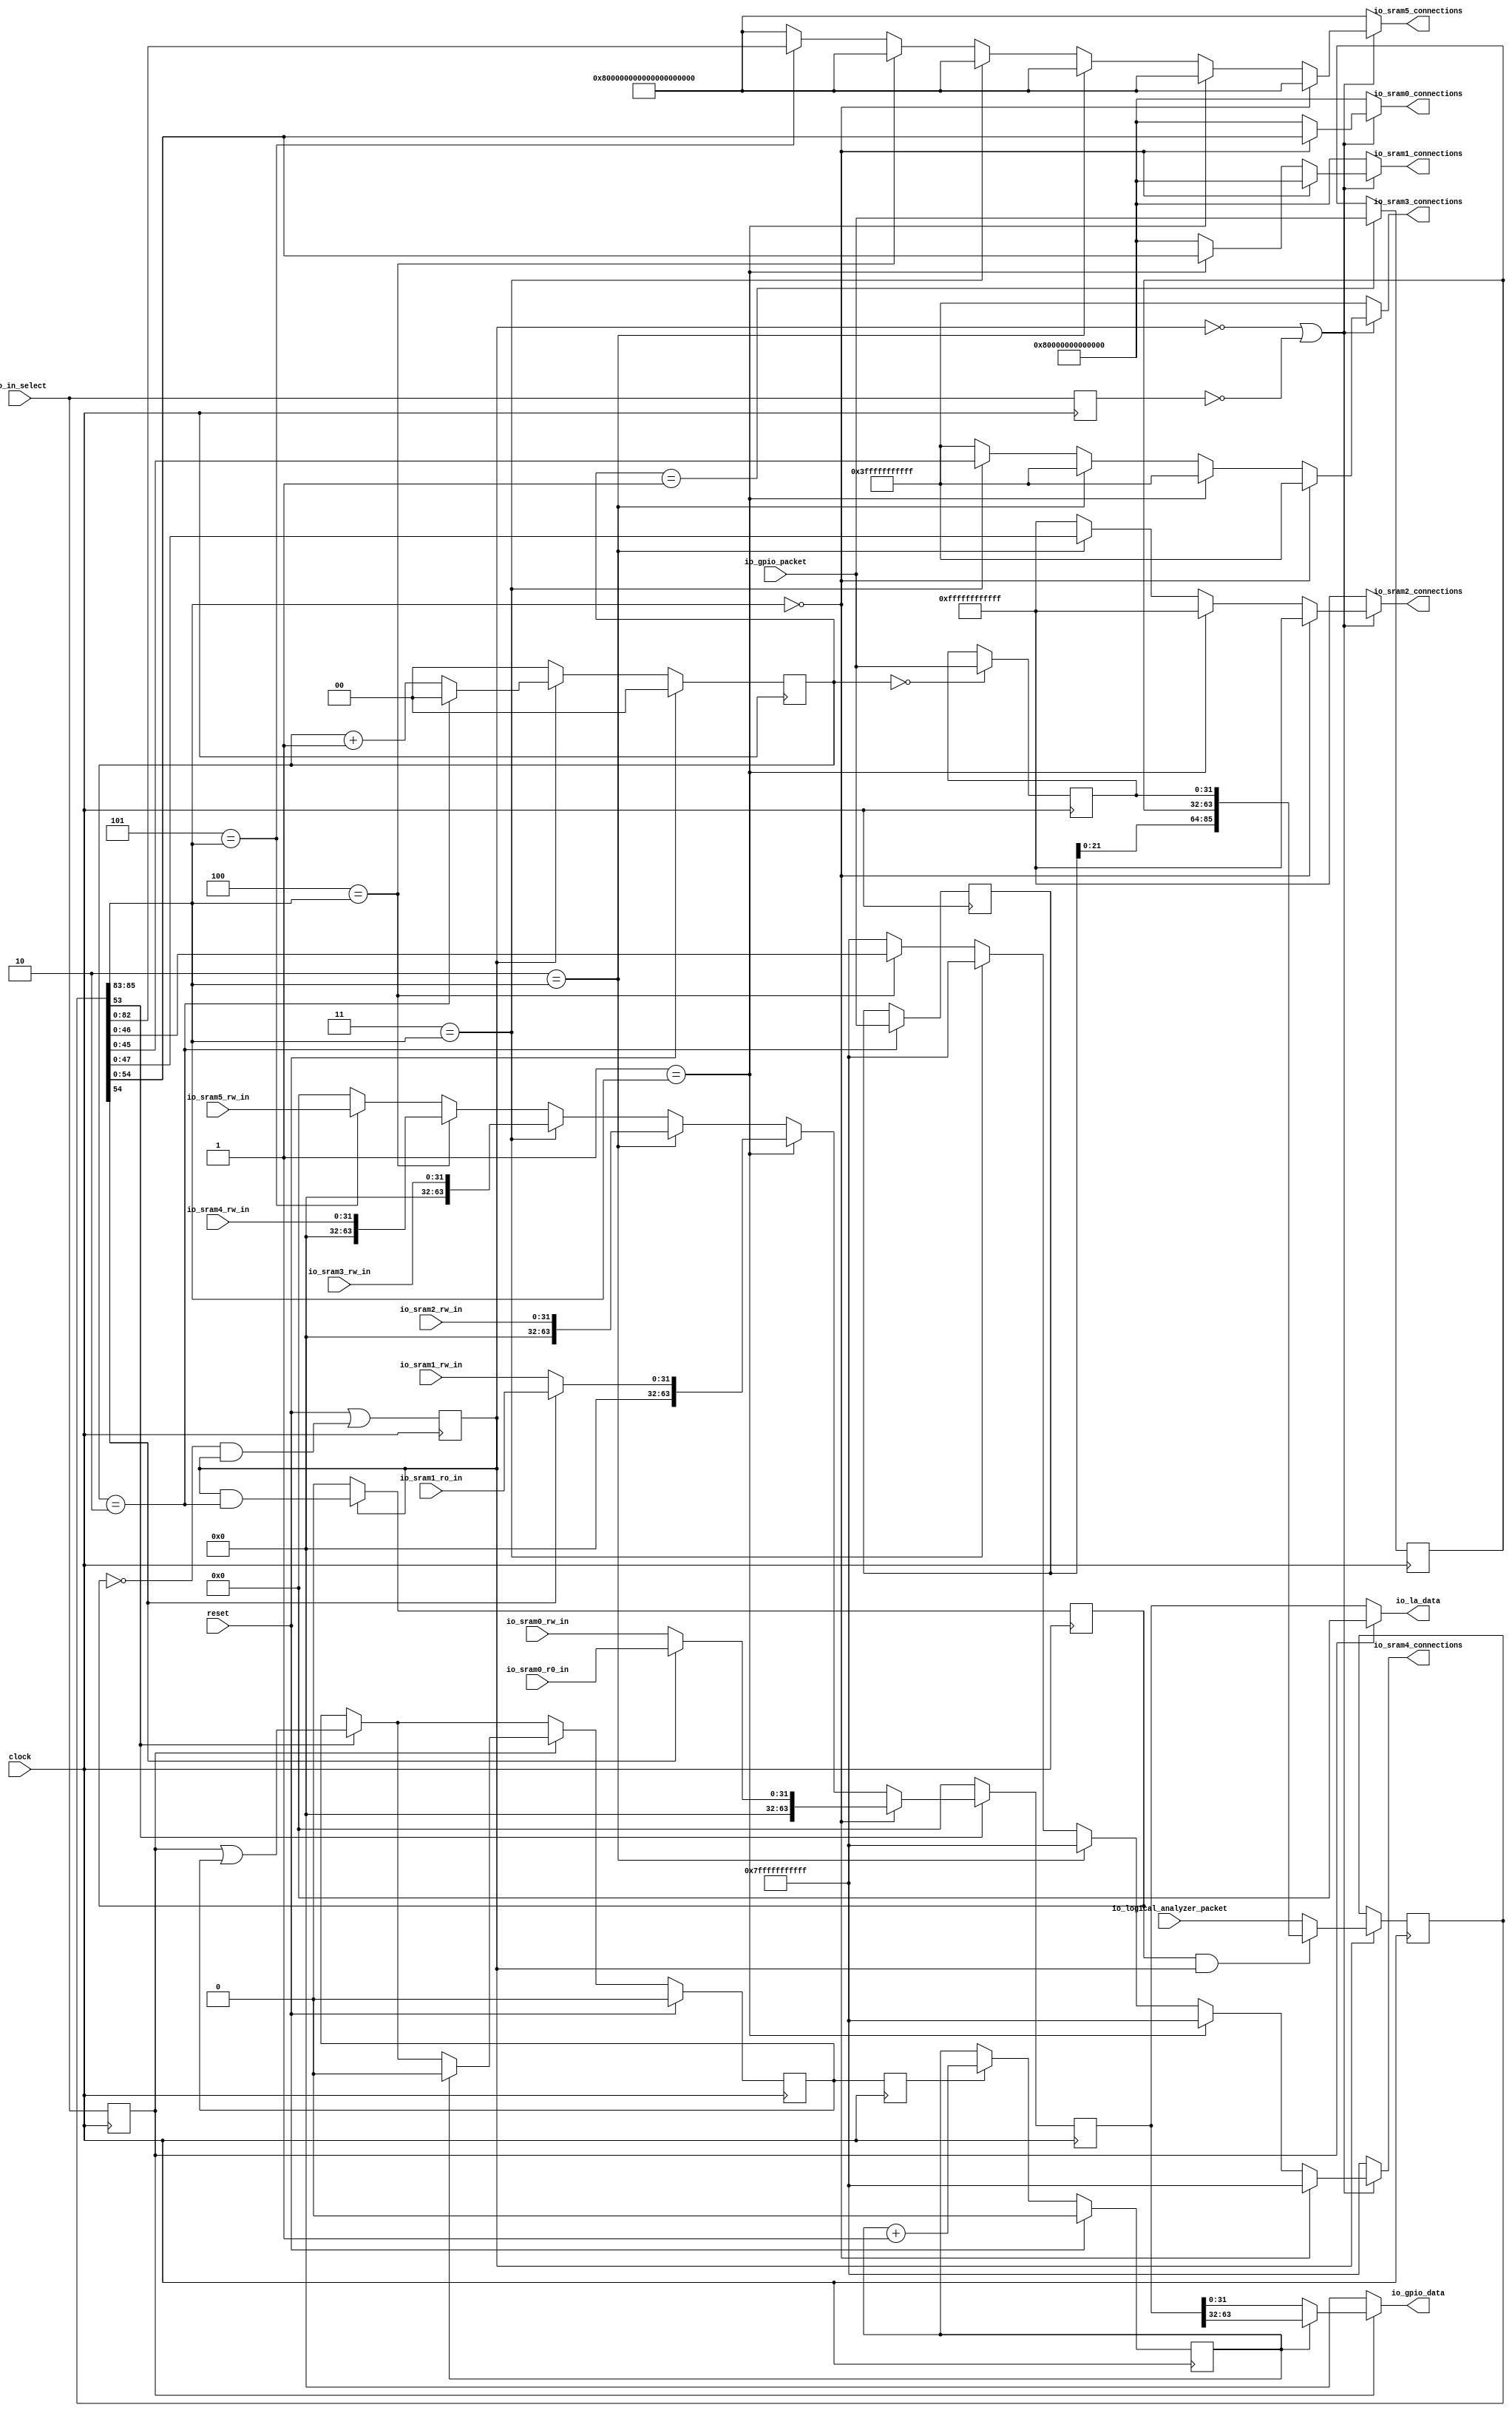
module openram_testchip(
  input         clock,
  input         reset,
  input  [85:0] io_logical_analyzer_packet,
  input  [31:0] io_gpio_packet,
  input         io_in_select,
  input  [31:0] io_sram0_rw_in,
  input  [31:0] io_sram0_r0_in,
  input  [31:0] io_sram1_rw_in,
  input  [31:0] io_sram1_ro_in,
  input  [31:0] io_sram2_rw_in,
  input  [31:0] io_sram3_rw_in,
  input  [31:0] io_sram4_rw_in,
  input  [63:0] io_sram5_rw_in,
  output [54:0] io_sram0_connections,
  output [54:0] io_sram1_connections,
  output [47:0] io_sram2_connections,
  output [45:0] io_sram3_connections,
  output [46:0] io_sram4_connections,
  output [82:0] io_sram5_connections,
  output [63:0] io_la_data,
  output [31:0] io_gpio_data
);
`ifdef RANDOMIZE_REG_INIT
  reg [95:0] _RAND_0;
  reg [63:0] _RAND_1;
  reg [31:0] _RAND_2;
  reg [31:0] _RAND_3;
  reg [31:0] _RAND_4;
  reg [31:0] _RAND_5;
  reg [31:0] _RAND_6;
  reg [31:0] _RAND_7;
  reg [31:0] _RAND_8;
  reg [31:0] _RAND_9;
  reg [31:0] _RAND_10;
  reg [31:0] _RAND_11;
  reg [31:0] _RAND_12;
`endif // RANDOMIZE_REG_INIT
  reg [85:0] input_; // @[openram_testchip.scala 33:20]
  reg [63:0] output_; // @[openram_testchip.scala 34:21]
  reg  in_sel; // @[openram_testchip.scala 35:25]
  reg  gpio_sel; // @[openram_testchip.scala 37:27]
  reg  la_sel; // @[openram_testchip.scala 38:25]
  reg  SRAMDataReceived; // @[openram_testchip.scala 47:35]
  wire  _T = ~gpio_sel; // @[openram_testchip.scala 48:68]
  reg [1:0] loadingCount; // @[Counter.scala 60:40]
  wire  wrap_wrap = loadingCount == 2'h2; // @[Counter.scala 72:24]
  wire [1:0] _wrap_value_T_1 = loadingCount + 2'h1; // @[Counter.scala 76:24]
  wire  _GEN_2 = gpio_sel & wrap_wrap; // @[Counter.scala 137:24 Counter.scala 138:12]
  reg  REG; // @[openram_testchip.scala 49:67]
  reg  transferCount; // @[Counter.scala 60:40]
  reg  wrap; // @[openram_testchip.scala 51:23]
  reg [31:0] packetSeq_0; // @[openram_testchip.scala 52:24]
  reg [31:0] packetSeq_1; // @[openram_testchip.scala 52:24]
  reg [31:0] packetSeq_2; // @[openram_testchip.scala 52:24]
  wire [95:0] _input_T = {packetSeq_2,packetSeq_1,packetSeq_0}; // @[Cat.scala 30:58]
  wire [95:0] _GEN_9 = wrap & gpio_sel ? _input_T : {{10'd0}, io_logical_analyzer_packet}; // @[openram_testchip.scala 60:27 openram_testchip.scala 61:15 openram_testchip.scala 55:11]
  wire [95:0] _GEN_10 = _T ? {{10'd0}, input_} : _GEN_9; // @[openram_testchip.scala 64:20 openram_testchip.scala 65:15]
  wire [2:0] chip_select = input_[85:83]; // @[openram_testchip.scala 67:34]
  wire  csb0 = input_[54]; // @[openram_testchip.scala 76:21]
  wire  web = input_[53]; // @[openram_testchip.scala 77:20]
  wire  _T_5 = _T | ~la_sel; // @[openram_testchip.scala 79:20]
  wire  _T_6 = 3'h0 == chip_select; // @[Conditional.scala 37:30]
  wire  _T_7 = 3'h1 == chip_select; // @[Conditional.scala 37:30]
  wire  _T_8 = 3'h2 == chip_select; // @[Conditional.scala 37:30]
  wire  _T_9 = 3'h3 == chip_select; // @[Conditional.scala 37:30]
  wire  _T_10 = 3'h4 == chip_select; // @[Conditional.scala 37:30]
  wire  _T_11 = 3'h5 == chip_select; // @[Conditional.scala 37:30]
  wire [82:0] _GEN_11 = _T_11 ? input_[82:0] : 83'h7ffffffffffffffffffff; // @[Conditional.scala 39:67 openram_testchip.scala 103:38 openram_testchip.scala 74:26]
  wire [46:0] _GEN_12 = _T_10 ? input_[46:0] : 47'h7fffffffffff; // @[Conditional.scala 39:67 openram_testchip.scala 99:38 openram_testchip.scala 73:26]
  wire [82:0] _GEN_13 = _T_10 ? 83'h7ffffffffffffffffffff : _GEN_11; // @[Conditional.scala 39:67 openram_testchip.scala 74:26]
  wire [45:0] _GEN_14 = _T_9 ? input_[45:0] : 46'h3fffffffffff; // @[Conditional.scala 39:67 openram_testchip.scala 95:38 openram_testchip.scala 72:26]
  wire [46:0] _GEN_15 = _T_9 ? 47'h7fffffffffff : _GEN_12; // @[Conditional.scala 39:67 openram_testchip.scala 73:26]
  wire [82:0] _GEN_16 = _T_9 ? 83'h7ffffffffffffffffffff : _GEN_13; // @[Conditional.scala 39:67 openram_testchip.scala 74:26]
  wire [47:0] _GEN_17 = _T_8 ? input_[47:0] : 48'hffffffffffff; // @[Conditional.scala 39:67 openram_testchip.scala 91:38 openram_testchip.scala 71:26]
  wire [45:0] _GEN_18 = _T_8 ? 46'h3fffffffffff : _GEN_14; // @[Conditional.scala 39:67 openram_testchip.scala 72:26]
  wire [46:0] _GEN_19 = _T_8 ? 47'h7fffffffffff : _GEN_15; // @[Conditional.scala 39:67 openram_testchip.scala 73:26]
  wire [82:0] _GEN_20 = _T_8 ? 83'h7ffffffffffffffffffff : _GEN_16; // @[Conditional.scala 39:67 openram_testchip.scala 74:26]
  wire [54:0] _GEN_21 = _T_7 ? input_[54:0] : 55'h7fffffffffffff; // @[Conditional.scala 39:67 openram_testchip.scala 87:38 openram_testchip.scala 70:26]
  wire [47:0] _GEN_22 = _T_7 ? 48'hffffffffffff : _GEN_17; // @[Conditional.scala 39:67 openram_testchip.scala 71:26]
  wire [45:0] _GEN_23 = _T_7 ? 46'h3fffffffffff : _GEN_18; // @[Conditional.scala 39:67 openram_testchip.scala 72:26]
  wire [46:0] _GEN_24 = _T_7 ? 47'h7fffffffffff : _GEN_19; // @[Conditional.scala 39:67 openram_testchip.scala 73:26]
  wire [82:0] _GEN_25 = _T_7 ? 83'h7ffffffffffffffffffff : _GEN_20; // @[Conditional.scala 39:67 openram_testchip.scala 74:26]
  wire [54:0] _GEN_26 = _T_6 ? input_[54:0] : 55'h7fffffffffffff; // @[Conditional.scala 40:58 openram_testchip.scala 83:38 openram_testchip.scala 69:26]
  wire [54:0] _GEN_27 = _T_6 ? 55'h7fffffffffffff : _GEN_21; // @[Conditional.scala 40:58 openram_testchip.scala 70:26]
  wire [47:0] _GEN_28 = _T_6 ? 48'hffffffffffff : _GEN_22; // @[Conditional.scala 40:58 openram_testchip.scala 71:26]
  wire [45:0] _GEN_29 = _T_6 ? 46'h3fffffffffff : _GEN_23; // @[Conditional.scala 40:58 openram_testchip.scala 72:26]
  wire [46:0] _GEN_30 = _T_6 ? 47'h7fffffffffff : _GEN_24; // @[Conditional.scala 40:58 openram_testchip.scala 73:26]
  wire [82:0] _GEN_31 = _T_6 ? 83'h7ffffffffffffffffffff : _GEN_25; // @[Conditional.scala 40:58 openram_testchip.scala 74:26]
  wire [31:0] _output_T = csb0 ? io_sram0_r0_in : io_sram0_rw_in; // @[openram_testchip.scala 114:30]
  wire [31:0] _output_T_1 = csb0 ? io_sram1_ro_in : io_sram1_rw_in; // @[openram_testchip.scala 118:31]
  wire [63:0] _GEN_38 = _T_11 ? io_sram5_rw_in : 64'h0; // @[Conditional.scala 39:67 openram_testchip.scala 134:24 openram_testchip.scala 108:12]
  wire [63:0] _GEN_39 = _T_10 ? {{32'd0}, io_sram4_rw_in} : _GEN_38; // @[Conditional.scala 39:67 openram_testchip.scala 130:24]
  wire [63:0] _GEN_40 = _T_9 ? {{32'd0}, io_sram3_rw_in} : _GEN_39; // @[Conditional.scala 39:67 openram_testchip.scala 126:24]
  wire  _GEN_44 = in_sel | SRAMDataReceived; // @[openram_testchip.scala 138:29 openram_testchip.scala 139:30 openram_testchip.scala 47:35]
  wire  _GEN_46 = web ? _GEN_44 : SRAMDataReceived; // @[openram_testchip.scala 110:14 openram_testchip.scala 47:35]
  wire [31:0] _GEN_47 = transferCount ? output_[63:32] : 32'h0; // @[openram_testchip.scala 148:42 openram_testchip.scala 149:26 openram_testchip.scala 144:18]
  wire [31:0] _GEN_49 = ~transferCount ? output_[31:0] : _GEN_47; // @[openram_testchip.scala 146:36 openram_testchip.scala 147:26]
  assign io_sram0_connections = _T_5 ? _GEN_26 : 55'h7fffffffffffff; // @[openram_testchip.scala 80:5 openram_testchip.scala 69:26]
  assign io_sram1_connections = _T_5 ? _GEN_27 : 55'h7fffffffffffff; // @[openram_testchip.scala 80:5 openram_testchip.scala 70:26]
  assign io_sram2_connections = _T_5 ? _GEN_28 : 48'hffffffffffff; // @[openram_testchip.scala 80:5 openram_testchip.scala 71:26]
  assign io_sram3_connections = _T_5 ? _GEN_29 : 46'h3fffffffffff; // @[openram_testchip.scala 80:5 openram_testchip.scala 72:26]
  assign io_sram4_connections = _T_5 ? _GEN_30 : 47'h7fffffffffff; // @[openram_testchip.scala 80:5 openram_testchip.scala 73:26]
  assign io_sram5_connections = _T_5 ? _GEN_31 : 83'h7ffffffffffffffffffff; // @[openram_testchip.scala 80:5 openram_testchip.scala 74:26]
  assign io_la_data = in_sel ? 64'h0 : output_; // @[openram_testchip.scala 145:25 openram_testchip.scala 143:16 openram_testchip.scala 153:20]
  assign io_gpio_data = in_sel ? _GEN_49 : 32'h0; // @[openram_testchip.scala 145:25 openram_testchip.scala 144:18]
  always @(posedge clock) begin
    input_ <= _GEN_10[85:0];
    if (web) begin // @[openram_testchip.scala 110:14]
      if (_T_6) begin // @[Conditional.scala 40:58]
        output_ <= {{32'd0}, _output_T}; // @[openram_testchip.scala 114:24]
      end else if (_T_7) begin // @[Conditional.scala 39:67]
        output_ <= {{32'd0}, _output_T_1}; // @[openram_testchip.scala 118:24]
      end else if (_T_8) begin // @[Conditional.scala 39:67]
        output_ <= {{32'd0}, io_sram2_rw_in}; // @[openram_testchip.scala 122:24]
      end else begin
        output_ <= _GEN_40;
      end
    end else begin
      output_ <= 64'h0; // @[openram_testchip.scala 108:12]
    end
    in_sel <= io_in_select; // @[openram_testchip.scala 35:25]
    gpio_sel <= reset | ~wrap & gpio_sel; // @[openram_testchip.scala 37:27 openram_testchip.scala 37:27 openram_testchip.scala 57:14]
    la_sel <= io_in_select; // @[openram_testchip.scala 38:25]
    if (reset) begin // @[openram_testchip.scala 47:35]
      SRAMDataReceived <= 1'h0; // @[openram_testchip.scala 47:35]
    end else if (in_sel) begin // @[openram_testchip.scala 145:25]
      if (~transferCount) begin // @[openram_testchip.scala 146:36]
        SRAMDataReceived <= _GEN_46;
      end else if (transferCount) begin // @[openram_testchip.scala 148:42]
        SRAMDataReceived <= 1'h0; // @[openram_testchip.scala 150:30]
      end else begin
        SRAMDataReceived <= _GEN_46;
      end
    end else begin
      SRAMDataReceived <= _GEN_46;
    end
    if (reset) begin // @[Counter.scala 60:40]
      loadingCount <= 2'h0; // @[Counter.scala 60:40]
    end else if (_T) begin // @[Counter.scala 135:17]
      loadingCount <= 2'h0; // @[Counter.scala 97:11]
    end else if (gpio_sel) begin // @[Counter.scala 137:24]
      if (wrap_wrap) begin // @[Counter.scala 86:20]
        loadingCount <= 2'h0; // @[Counter.scala 86:28]
      end else begin
        loadingCount <= _wrap_value_T_1; // @[Counter.scala 76:15]
      end
    end
    REG <= SRAMDataReceived; // @[openram_testchip.scala 49:67]
    if (reset) begin // @[Counter.scala 60:40]
      transferCount <= 1'h0; // @[Counter.scala 60:40]
    end else if (REG) begin // @[Counter.scala 137:24]
      transferCount <= transferCount + 1'h1; // @[Counter.scala 76:15]
    end
    if (_T) begin // @[Counter.scala 135:17]
      wrap <= 1'h0;
    end else begin
      wrap <= _GEN_2;
    end
    if (loadingCount == 2'h0) begin // @[openram_testchip.scala 58:49]
      packetSeq_0 <= io_gpio_packet;
    end
    if (loadingCount == 2'h1) begin // @[openram_testchip.scala 58:49]
      packetSeq_1 <= io_gpio_packet;
    end
    if (wrap_wrap) begin // @[openram_testchip.scala 58:49]
      packetSeq_2 <= io_gpio_packet;
    end
  end
// Register and memory initialization
`ifdef RANDOMIZE_GARBAGE_ASSIGN
`define RANDOMIZE
`endif
`ifdef RANDOMIZE_INVALID_ASSIGN
`define RANDOMIZE
`endif
`ifdef RANDOMIZE_REG_INIT
`define RANDOMIZE
`endif
`ifdef RANDOMIZE_MEM_INIT
`define RANDOMIZE
`endif
`ifndef RANDOM
`define RANDOM $random
`endif
`ifdef RANDOMIZE_MEM_INIT
  integer initvar;
`endif
`ifndef SYNTHESIS
`ifdef FIRRTL_BEFORE_INITIAL
`FIRRTL_BEFORE_INITIAL
`endif
initial begin
  `ifdef RANDOMIZE
    `ifdef INIT_RANDOM
      `INIT_RANDOM
    `endif
    `ifndef VERILATOR
      `ifdef RANDOMIZE_DELAY
        #`RANDOMIZE_DELAY begin end
      `else
        #0.002 begin end
      `endif
    `endif
`ifdef RANDOMIZE_REG_INIT
  _RAND_0 = {3{`RANDOM}};
  input_ = _RAND_0[85:0];
  _RAND_1 = {2{`RANDOM}};
  output_ = _RAND_1[63:0];
  _RAND_2 = {1{`RANDOM}};
  in_sel = _RAND_2[0:0];
  _RAND_3 = {1{`RANDOM}};
  gpio_sel = _RAND_3[0:0];
  _RAND_4 = {1{`RANDOM}};
  la_sel = _RAND_4[0:0];
  _RAND_5 = {1{`RANDOM}};
  SRAMDataReceived = _RAND_5[0:0];
  _RAND_6 = {1{`RANDOM}};
  loadingCount = _RAND_6[1:0];
  _RAND_7 = {1{`RANDOM}};
  REG = _RAND_7[0:0];
  _RAND_8 = {1{`RANDOM}};
  transferCount = _RAND_8[0:0];
  _RAND_9 = {1{`RANDOM}};
  wrap = _RAND_9[0:0];
  _RAND_10 = {1{`RANDOM}};
  packetSeq_0 = _RAND_10[31:0];
  _RAND_11 = {1{`RANDOM}};
  packetSeq_1 = _RAND_11[31:0];
  _RAND_12 = {1{`RANDOM}};
  packetSeq_2 = _RAND_12[31:0];
`endif // RANDOMIZE_REG_INIT
  `endif // RANDOMIZE
end // initial
`ifdef FIRRTL_AFTER_INITIAL
`FIRRTL_AFTER_INITIAL
`endif
`endif // SYNTHESIS
endmodule